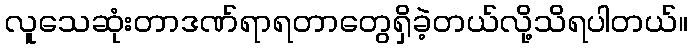
လူသေဆုံးတာဒဏ်ရာရတာတွေရှိခဲ့တယ်လို့သိရပါတယ်။